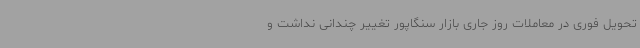
تحویل فوری در معاملات روز جاری بازار سنگاپور تغییر چندانی نداشت و